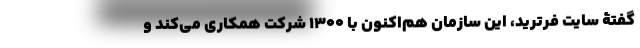
گفتۀ سایت فرترید، این سازمان هم‌اکنون با ۱۳۰۰ شرکت همکاری می‌کند و